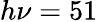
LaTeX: h\nu=51